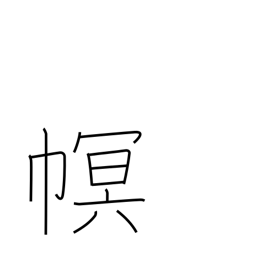
Meaning: cloth covering